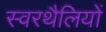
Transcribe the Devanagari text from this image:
स्वरथैलियों